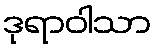
ဒုရာဝါသာ